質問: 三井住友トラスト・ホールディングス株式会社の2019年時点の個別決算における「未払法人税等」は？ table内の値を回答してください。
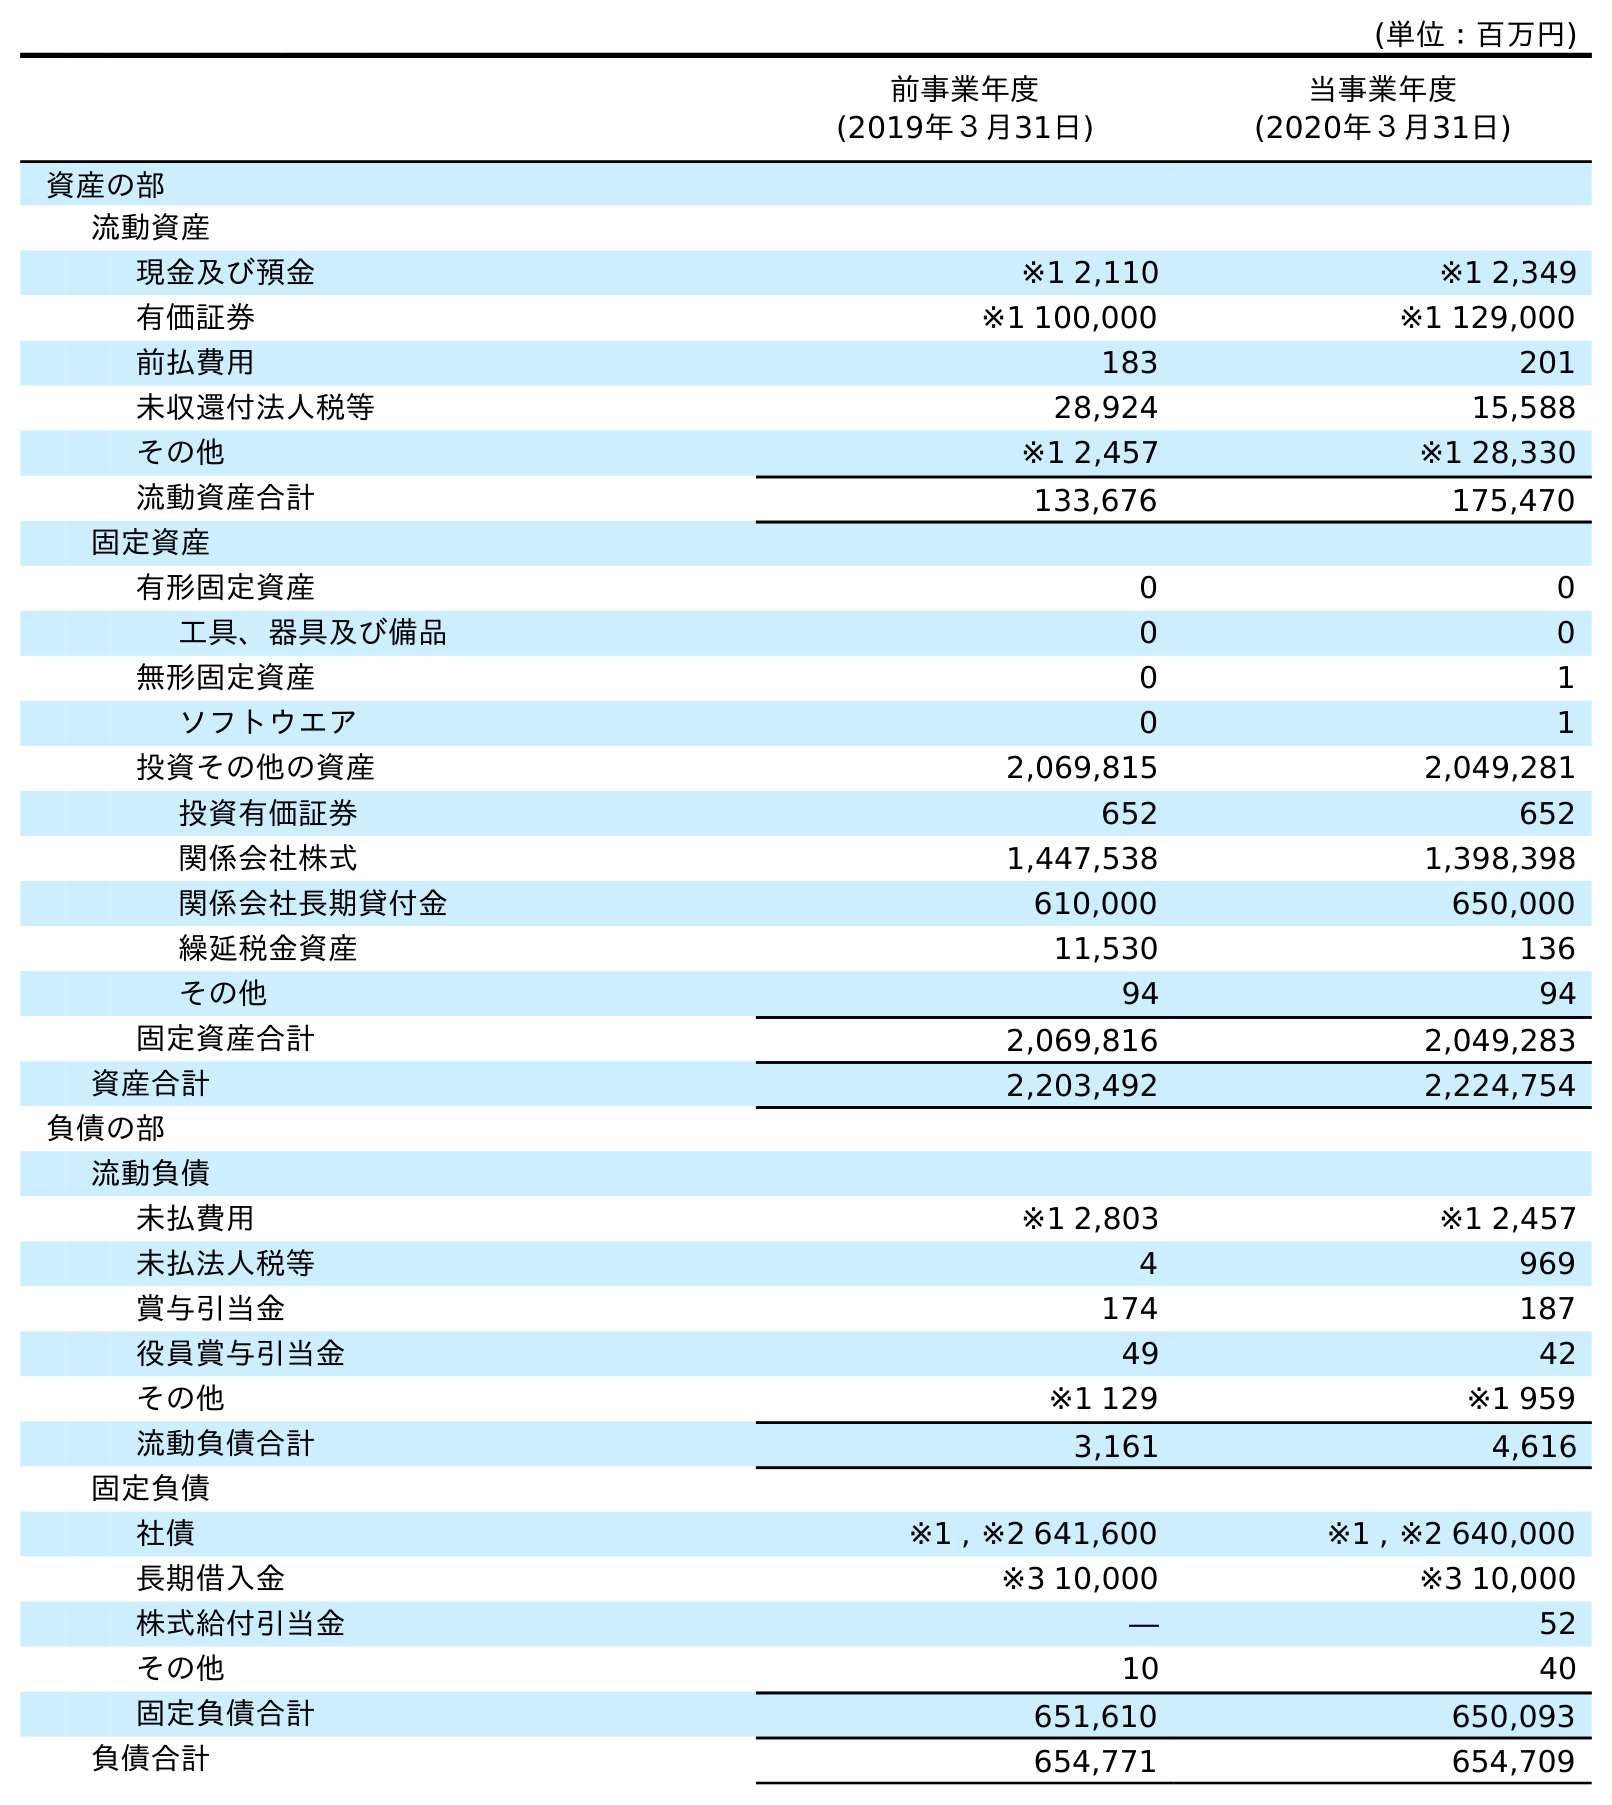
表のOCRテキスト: (単位：百万円) 前事業年度 (2019年３月31日) 当事業年度 (2020年３月31日) 資産の部 流動資産 現金及び預金 ※1 2,110 ※1 2,349 有価証券 ※1 100,000 ※1 129,000 前払費用 183 201 未収還付法人税等 28,924 15,588 その他 ※1 2,457 ※1 28,330 流動資産合計 133,676 175,470 固定資産 有形固定資産 0 0 工具、器具及び備品 0 0 無形固定資産 0 1 ソフトウエア 0 1 投資その他の資産 2,069,815 2,049,281 投資有価証券 652 652 関係会社株式 1,447,538 1,398,398 関係会社長期貸付金 610,000 650,000 繰延税金資産 11,530 136 その他 94 94 固定資産合計 2,069,816 2,049,283 資産合計 2,203,492 2,224,754 負債の部 流動負債 未払費用 ※1 2,803 ※1 2,457 未払法人税等 4 969 賞与引当金 174 187 役員賞与引当金 49 42 その他 ※1 129 ※1 959 流動負債合計 3,161 4,616 固定負債 社債 ※1 , ※2 641,600 ※1 , ※2 640,000 長期借入金 ※3 10,000 ※3 10,000 株式給付引当金 ― 52 その他 10 40 固定負債合計 651,610 650,093 負債合計 654,771 654,709
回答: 4